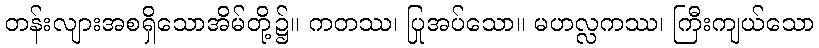
တန်းလျားအစရှိသောအိမ်တို့၌။ ကတဿ၊ ပြုအပ်သော။ မဟလ္လကဿ၊ ကြီးကျယ်သော